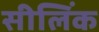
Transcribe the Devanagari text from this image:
सीलिंक